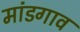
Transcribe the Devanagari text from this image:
मांडगाव